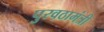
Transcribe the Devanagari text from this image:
पुरवठामंत्री